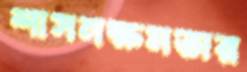
শাসনক্ষমতার